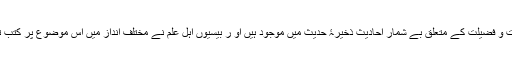
نماز کی اہمیت و فضیلت کے متعلق بے شمار احادیث ذخیرۂ حدیث میں موجود ہیں او ر بیسیوں اہل علم نے مختلف انداز میں اس موضوع پر کتب تالیف کی ہیں۔